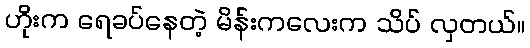
ဟိုးက ရေခပ်နေတဲ့ မိန်းကလေးက သိပ် လှတယ်။